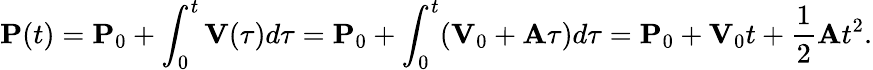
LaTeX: \mathbf{P}(t)=\mathbf{P}_{0}+\int_{0}^{t}\mathbf{V}(\tau)d\tau=\mathbf{P}_{0}+\int_{0}^{t}(\mathbf{V}_{0}+\mathbf{A}\tau)d\tau=\mathbf{P}_{0}+\mathbf{V}_{0}t+{\frac{1}{2}}\mathbf{A}t^{2}.